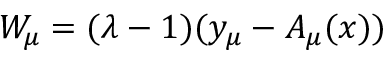
W _ { \mu } = ( \lambda - 1 ) ( y _ { \mu } - A _ { \mu } ( x ) )